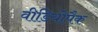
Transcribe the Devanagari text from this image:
वीडियोपैक